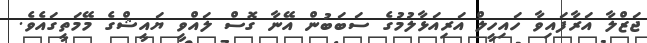
ޖަޒްލާ އަރާފައިވާ ހައިހީލް އަރިއަޅާލުމުގެ ސަބަބުން އޭނާ ގޮސް ލައްވީ ޔައީޝްގެ މޭމަތީގައެވެ.